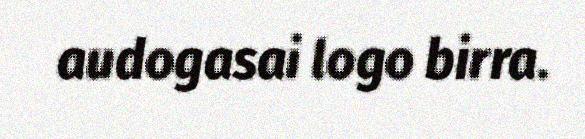
audogasai logo birra.